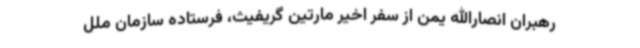
رهبران انصارالله یمن از سفر اخیر مارتین گریفیث، فرستاده سازمان ملل